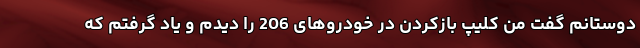
دوستانم گفت من کلیپ بازکردن در خودروهای 206 را دیدم و یاد گرفتم که